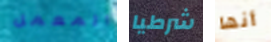
المعمل شرطيا أنها